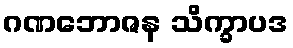
ဂဏဘောဇန သိက္ခာပဒ